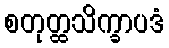
စတုတ္ထသိက္ခာပဒံ